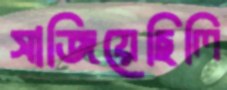
সাজিয়েছিলি